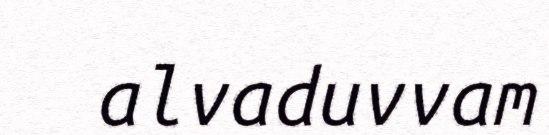
alvaduvvam